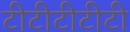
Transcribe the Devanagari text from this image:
टीटीटीटीटी